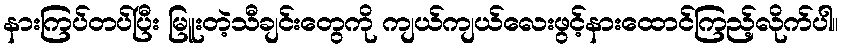
နားကြပ်တပ်ပြီး မြူးတဲ့သီချင်းတွေကို ကျယ်ကျယ်လေးဖွင့်နားထောင်ကြည့်လိုက်ပါ။